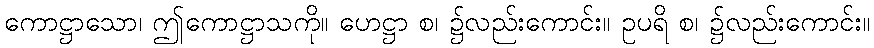
ကောဋ္ဌာသော၊ ဤကောဋ္ဌာသကို။ ဟေဋ္ဌာ စ၊ ၌လည်းကောင်း။ ဥပရိ စ၊ ၌လည်းကောင်း။